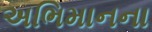
અભિમાનના